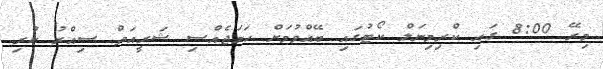
މިރޭ 8:00 ގައި ކްރިމިނަލް ކޯޓުގައި ބޭއްވުމަށް ހަމަޖެއްސި ޝަރީއަތް ސިއްރު ކުރި